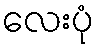
လေးပုံ